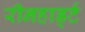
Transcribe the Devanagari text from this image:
रीनहार्ड्ट